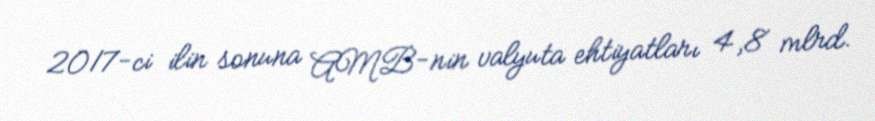
2017-ci ilin sonuna AMB-nin valyuta ehtiyatları 4,8 mlrd.